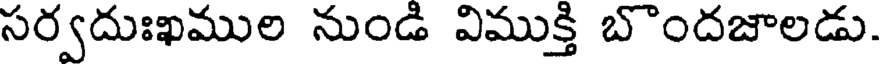
సర్వదుఃఖముల నుండి విముక్తి బొందజాలడు.